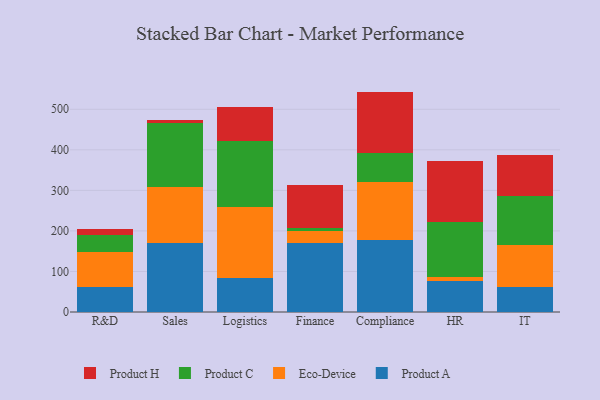
{"axis": {"x": "Department", "y": "Satisfaction Score"}, "legend": ["Eco-Device", "Product A", "Product C", "Product H"], "data": [{"x": "R&D", "y": 61.2, "type": "Product A"}, {"x": "R&D", "y": 87.8, "type": "Eco-Device"}, {"x": "R&D", "y": 40.2, "type": "Product C"}, {"x": "R&D", "y": 15.0, "type": "Product H"}, {"x": "Sales", "y": 169.8, "type": "Product A"}, {"x": "Sales", "y": 139.3, "type": "Eco-Device"}, {"x": "Sales", "y": 156.7, "type": "Product C"}, {"x": "Sales", "y": 8.9, "type": "Product H"}, {"x": "Logistics", "y": 85.1, "type": "Product A"}, {"x": "Logistics", "y": 173.4, "type": "Eco-Device"}, {"x": "Logistics", "y": 162.9, "type": "Product C"}, {"x": "Logistics", "y": 84.4, "type": "Product H"}, {"x": "Finance", "y": 169.2, "type": "Product A"}, {"x": "Finance", "y": 29.6, "type": "Eco-Device"}, {"x": "Finance", "y": 9.1, "type": "Product C"}, {"x": "Finance", "y": 104.4, "type": "Product H"}, {"x": "Compliance", "y": 177.7, "type": "Product A"}, {"x": "Compliance", "y": 143.3, "type": "Eco-Device"}, {"x": "Compliance", "y": 70.3, "type": "Product C"}, {"x": "Compliance", "y": 152.3, "type": "Product H"}, {"x": "HR", "y": 77.5, "type": "Product A"}, {"x": "HR", "y": 9.1, "type": "Eco-Device"}, {"x": "HR", "y": 135.4, "type": "Product C"}, {"x": "HR", "y": 149.5, "type": "Product H"}, {"x": "IT", "y": 62.1, "type": "Product A"}, {"x": "IT", "y": 102.3, "type": "Eco-Device"}, {"x": "IT", "y": 121.1, "type": "Product C"}, {"x": "IT", "y": 102.1, "type": "Product H"}]}